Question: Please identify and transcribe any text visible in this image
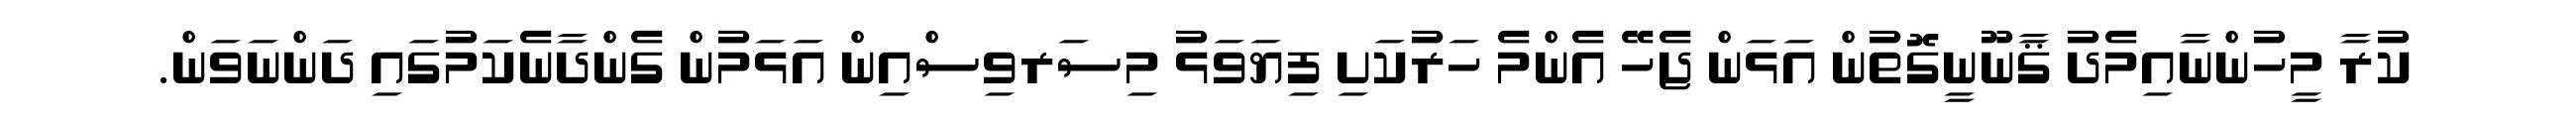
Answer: ކުރާ މީހުންނާއިމެދު ޤާނޫނީގޮތުން އަޅަން ޖެހޭ އެންމެ ހަރުކަށި ފިޔަވަޅު މިސަރވިސްއިން އަޅަމުން ގެންދާނެކަމުގައި ދަންނަވަން.